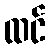
ထင်